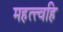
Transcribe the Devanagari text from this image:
महत्त्वहि